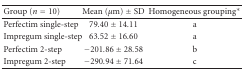
| Group (n = 10) | Mean (μm) ± SD | Homogeneous grouping* |
 | --- | --- | --- |
 | Perfectim single-step | 79.40 ± 14.11 | a |
 | Impregum single-step | 63.52 ± 16.60 | a |
 | Perfectim 2-step | −201.86 ± 28.58 | b |
 | Impregum 2-step | −290.94 ± 71.64 | c |